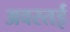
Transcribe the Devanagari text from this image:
अवस्तई